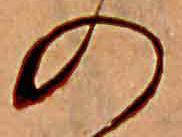
の